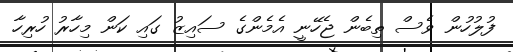
ފުލުހުން ވެސް ތިބެން ޖެހޭނީ އެމެންގެ ސައިޒު ގައި ކަން މިހާރު ހުރިހާ